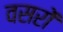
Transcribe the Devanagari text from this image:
वसरों